Vital statistics of India. Vol. VI, European troops 1870-79
Year: 1870
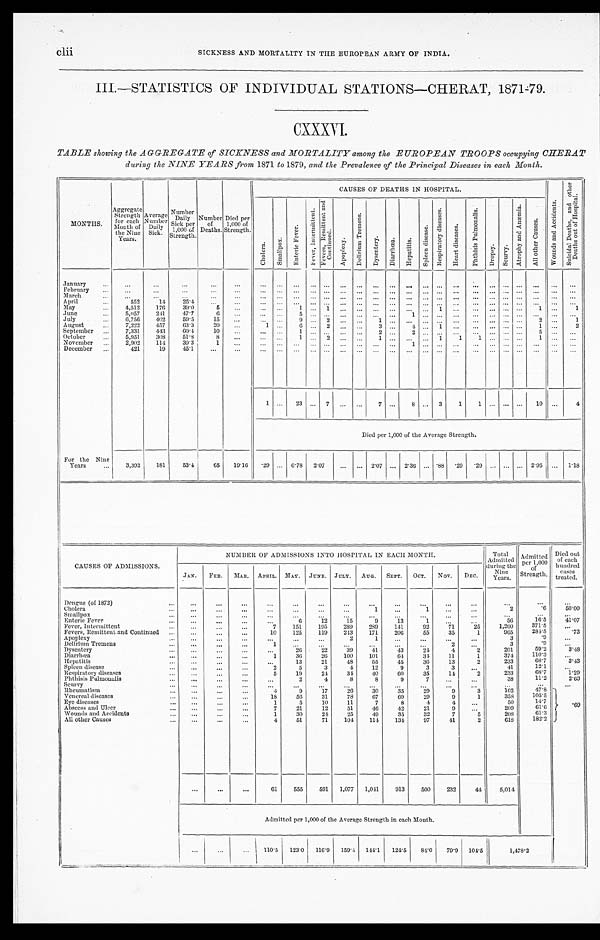
SICKNESS AND MORTALITY IN THE EUROPEAN ARMY OF INDIA.
III.—STATISTICS OF INDIVIDUAL STATIONS—CHERAT, 1871-79.
CXXXVI.
TABLE showing the AGGREGATE of SICKNESS and MORTALITY among the EUROPEAN TROOPS occupying CHERAT
duri ng t he NINE YEARS from 1871 t o 1879, and t he Preval ence of t he Pri nci pal Di seases i n each, Mont h.
M O N T H S .
Aggregate Strength for each
Month of
the Nine
Years.
Average Number Daily
Si ck.
Number Daily
Sick per
1,000 of
Strength.
Number of
Deaths.
Died per
1,000 of
Strength.
CAUSES OF DEATHS IN HOSPITAL.
W o u n d s a n d A c c i d e n t s .
S u i d a l d e a t h s , a n d o t h e r d e a t h s o u t o f H o s p i t a l .
C h o l e r a . S m a l l p o x .
E n t e r i c F e v e r .
F e v e r . I n t e r m i t t e n t . F e v e r s , R e m i t t e n t a n d
C o n t i n u e d .
A p o p l e x .
De l i r i u m T r e me n s .
D y s e n t e r y . D i a r r h œ a .
H e p a t i t i s .
S p l e e n d i s e a s e s .
R e s p i r a t o r y d i s e a s e s .
H e a r t d i s e a s e s .
P h t h i s i s P u l m o n a l i s .
D r o p s y . S c u r v y .
A t r o p h y a n d A n œ m i a .
A l l o t h e r C a u s e s .
January February
March April
552 14 25.4
May
4,512 176 39.0
5
1
1
1
1
1
June 5,057 241 47.7
6
5
1
July
6,756 402 59.5 15
9
2
1
2
1
August
7,222 457
6 3 . 3 20
1 6
2
3
4
1
1
2
September
7,331
4 4 3 60.4 10
1
2
2
5
October
5,951 308 51.8
8
1
2
1
1 1 1
1
November
2,902 114 39.3
1
1
December
421 19 45.1
1 23
7
7
8
3 1 1
10
4
Died per 1,000 of the Average Strength.
For the Nine
Years
3,392 181 53.4 65 19.16 . 2 9 0.78 2.07
2.07
2.36 .88 .29 .29
2 . 9 5
1 . 1 8
CAUSES OF ADMISSIONS.
NUMBER OF ADMISSIONS INTO HOSPITAL IN EACH MONTH.
Total
Admitted
during the
Nine Years.
Admitted
p e r 1 , 0 0 0 o f S t r e n g t h .
Died out
of each
hundred cases.
treated.
JAN. FEB. MAR. APRIL. MAY. JUNE. JULY. AUG. SEPT. OCT. NOV. DEC.
Dengue (of 1872)
Cholera
1
1
2
. 6
5 0 . 0 0
Smallpox Enteric Fever
6
1 2 1 5
9
1 3
1
5 6
1 6 . 5
4 1 . 0 7
Fever, Intermittent
7 151 195 289 289 141 92
7 1
25 1,260 371' 5
Fevers, Remittent and Continued
10 125 119 243 171 206 55 35
1
3
.9
Apoplexy
2
1
3
Delirium Tremens
1
2
3
.9
Dysentery
26 22 39 41 43 24 4
2
201
59. 2
3. 48
Diarrhœa
1 36 26 100 101 64 34 11
1
374
1 1 0 . 3
Hepatitis
13 21
4 8 55 45 36 13
2
233
6 8 . 7
3 . 4 3
Spleen disease
2
5
3
4 12
9
3
3
41
12. 1
Respiratory diseases
5 19 24 34 40 60 35 14
2
233
6 8 . 7
3 . 4 3
Phthisis Pulmonalis
2
4
8
8
9
7
38
1 1 . 2 2. 63
Scurvy
. 6 9
Rheumatism
4
9 17 26 30 35 29
9
3
1 6 2
4 7 . 8
Venereal diseases
18 56 31 78 67 69 29
9
1
358
1 0 5 . 5
Eye diseases
1
5 10 11
7
8
4
4
50
1 4 . 7
Abscess and Ulcer
7 21 12 51 46 42 21
9
209
61. 6
Wounds and Accidents
1 30 24 25 49 35
3 2
7
5
2 0 8
6 1 . 3
All other Causes
4 51 71 104 114 134 97 41
2
618
1 8 2 . 2
61 555 591 1,077 1,041 913 500 232 44 5,014
Admitted per 1,000 of the Average Strength in each Month.
110.5 123.0 116.9 159.4 144.1 124.5 8 4 . 0
79.9 104.5
1 , 4 7 8 . 2